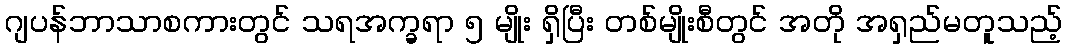
ဂျပန်ဘာသာစကားတွင် သရအက္ခရာ ၅ မျိုး ရှိပြီး တစ်မျိုးစီတွင် အတို အရှည်မတူသည့်